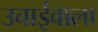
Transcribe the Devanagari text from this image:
उचाईंवाला